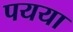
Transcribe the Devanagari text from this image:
पयया